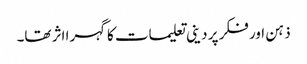
ذہن اور فکر پر دینی تعلیمات کاگہرا اثر تھا۔